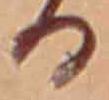
る